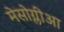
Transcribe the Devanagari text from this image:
मेसोग्लीआ